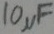
Text: 10µF